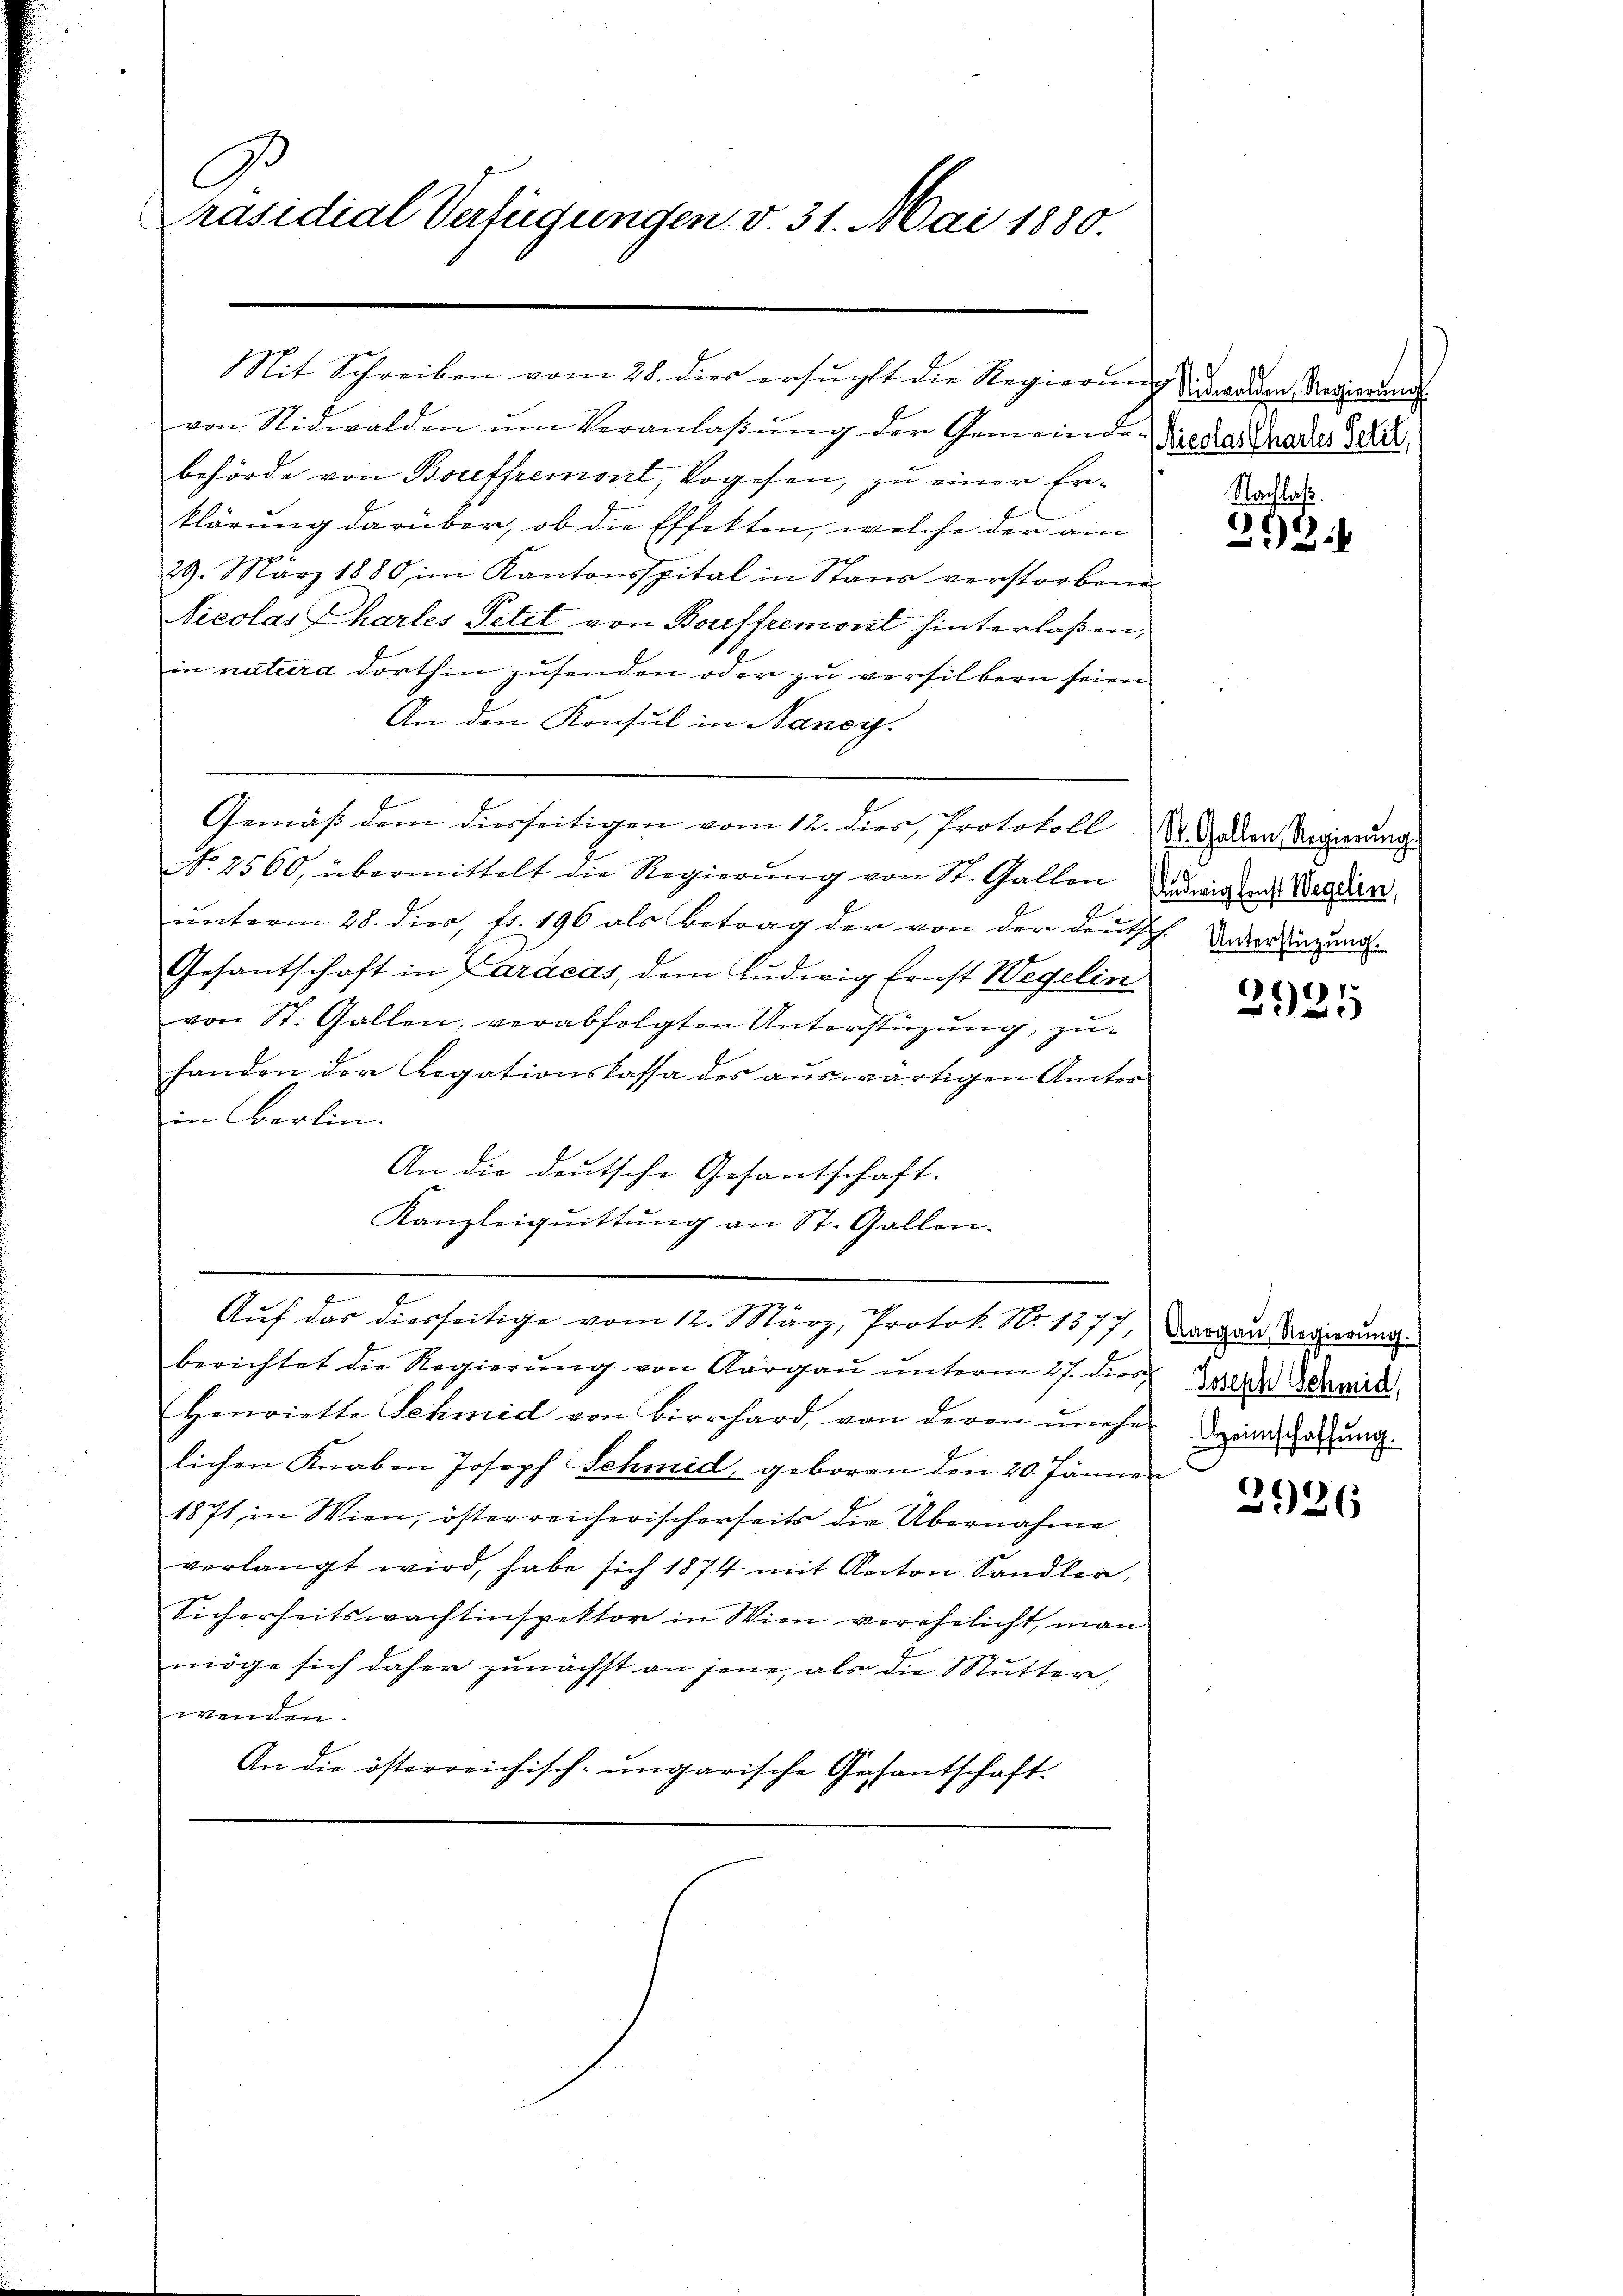
G
Präsidial Verfügungen v. 31. Mai 1880.

von Nidwalden ŭm Veranlaβŭng der Gemeinde-Diedas Grades Jahr
behörde von Bouffremont, Vogesen, zu einer Erklärung darüber, ob die Effekten, welche der am
29. März 1880 im Kantonsspital in Stand verstorbene
Nicolas Phartes Petit von Bouffremonst hinterlaßen,
in natura dorthin zusenden oder zu versilbern seien
An den Konsul in Nancy.
Gemäß dem diesseitigen vom 12. dies, Protokoll
No. 2560, übermittelt die Regierŭng von St. Gallen
unterm 28. dies, fr. 196 als Betrag der von der deut-
Gesantschaft in Caracas, dem Ludwig Ernst Wegelin
von St. Gallen, verabfolgten Unterstüzung, zu-
handen der Legationskassa des auswärtigen Ämter
in Berlin.
An die deutsche Gesantschaft.
Kanzleiquittŭng an St. Gallen.
e
Auf das diesseitige vom 12. März, Protok. No. 1377, Aargau Regierung
berichtet die Regierŭng von Aargaŭ ŭnterm 27. die Jede Schmid
Henriette Schmid von Bierhard, von deren unehe Dein Gattung
lichen Knaben Joseph Schmid, geboren den 20. Jänne
1871 in Wien, österreicherischerseits die Übernahme
verlangt wird, habe sich 1874 mit Anton Sandler,
Sicherheitswachtinspektor in Wien verehelicht, man
möge sich daher zunächst an jene, als die Mutter,
wenden.
An die österreichisch-ungarische Gesantschaft-

Mit Schreiben vom 28. dies ersucht die Regierung werden Regierung

Nachlaß.
263

St. Gallen Regierung
Andwig sonst Wegelin,
H. Unterstüzung.

2925

fe

2926